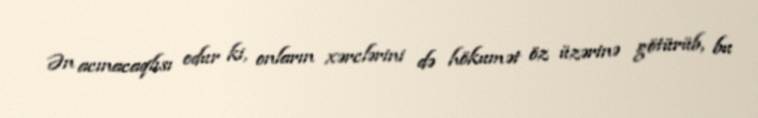
Ən acınacaqlısı odur ki, onların xərclərini də hökumət öz üzərinə götürüb, bu